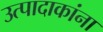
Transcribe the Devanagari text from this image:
उत्पादाकांना